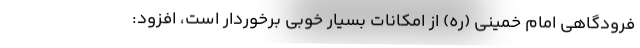
فرودگاهی امام خمینی (ره) از امکانات بسیار خوبی برخوردار است، افزود: